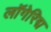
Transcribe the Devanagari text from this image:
लॉगेरिद्म